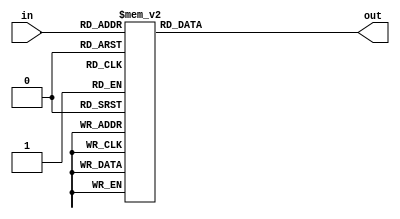
module add3_ge5 (in, out); //W1 is input, and A1 is output
	input [3:0] in;
	output [3:0] out;

	reg [3:0] out;
	
	always @(*)
		case (in)
		//IF not greater than five
		 4'b0000: out <= 4'b0000;
		 4'b0001: out <= 4'b0001;
		 4'b0010: out <= 4'b0010;
		 4'b0011: out <= 4'b0011;
		 4'b0100: out <= 4'b0100;
		 
		 //If greater than or equal to five
		 4'b0101: out <= 4'b1000;
		 4'b0110: out <= 4'b1001;
		 4'b0111: out <= 4'b1010;
		 4'b1000: out <= 4'b1011;
		 4'b1001: out <= 4'b1100;
		 4'b1010: out <= 4'b1101;
		 4'b1011: out <= 4'b1110;
		 4'b1100: out <= 4'b1111;
		
		 default: out <=4'b0000;
		
		endcase
		 
		 
endmodule